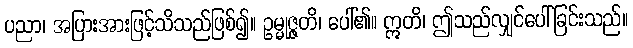
ပညာ၊ အပြားအားဖြင့်သိသည်ဖြစ်၍။ ဥမ္မုဇ္ဇတိ၊ ပေါ်၏။ ဣတိ၊ ဤသည်လျှင်ပေါ်ခြင်းသည်။